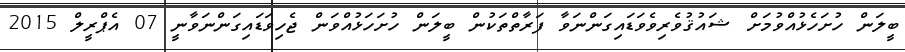
ބީލަން ހުށަހެޅުއްވުމަށް ޝައުޤުވެރިވެވަޑައިގަންނަވާ ފަރާތްތަކުން ބީލަން ހުށަހަޅުއްވަން ޖެހިވަޑައިގަންނަވާނީ 07 އެޕްރީލް 2015